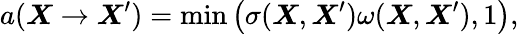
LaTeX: a(\boldsymbol{X}\to\boldsymbol{X}^{\prime})=\mathrm{min}\left(\sigma(\boldsymbol{X},\boldsymbol{X}^{\prime})\omega(\boldsymbol{X},\boldsymbol{X}^{\prime}),1\right),